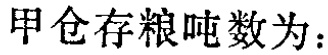
甲仓存粮吨数为：